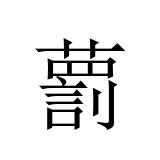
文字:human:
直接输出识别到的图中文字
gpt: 藅